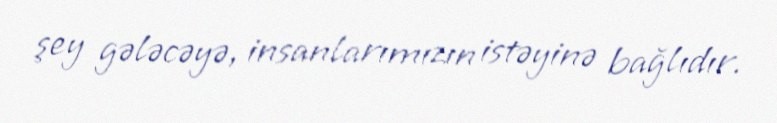
şey gələcəyə, insanlarımızın istəyinə bağlıdır.